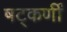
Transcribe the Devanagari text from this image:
षट्‌कर्णीं